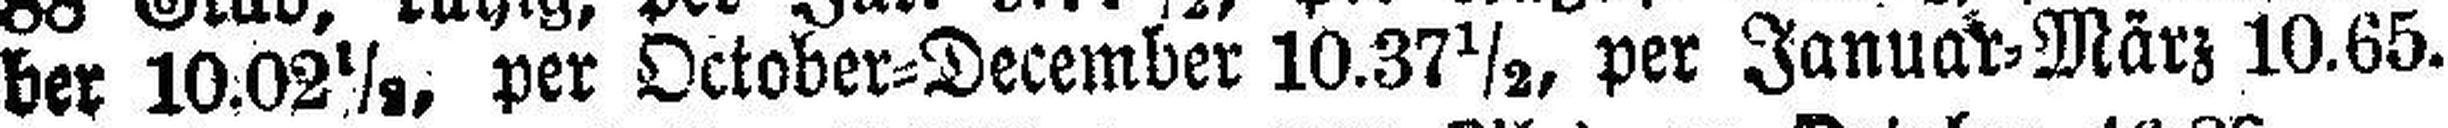
ber 10.02½, per October=December 10.37½, per Januar=März 10.65.